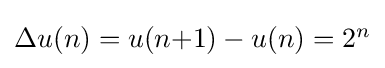
{\textstyle \Delta u(n)=u(n{+}1)-u(n)=2^{n}}